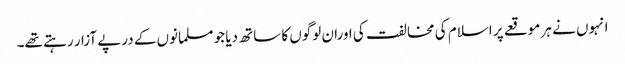
انہوں نے ہر موقعے پر اسلام کی مخالفت کی اوران لوگوں کا ساتھ دیا جو مسلمانوں کے درپے آزار رہتے تھے۔